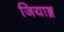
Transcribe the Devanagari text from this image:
जियाङ्ग